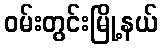
ဝမ်းတွင်းမြို့နယ်